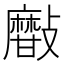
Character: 𣀫